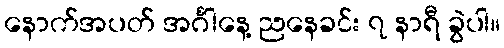
နောက်အပတ် အင်္ဂါနေ့ ညနေခင်း ၇ နာရီ ခွဲပါ။